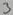
Text: 3